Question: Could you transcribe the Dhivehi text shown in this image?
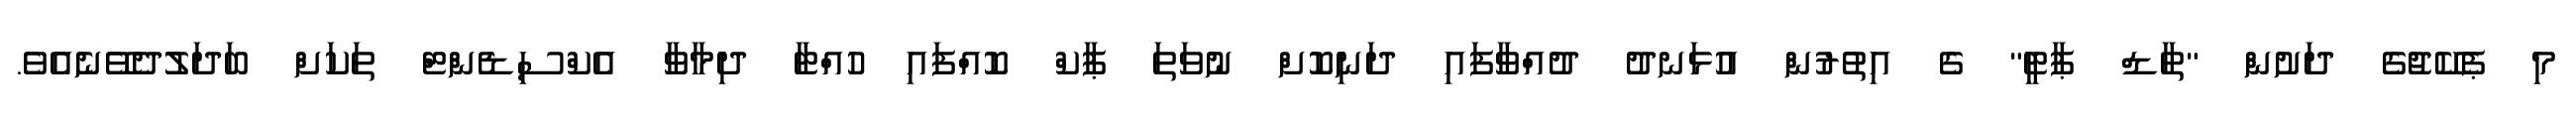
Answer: މި ޕެކޭޖުގެ ދަށުން "ތާޑް ޕާޓީ" ގެ އިތުރުން އުޅަނދު ދުއްވާފައި ދަނިކޮށް ނުވަތަ ޕާކް ކޮއްފައި ހުއްޓާ ދިމާވާ އެކްސިޑެންޓް ތަކަށް ބަދަލުދެވޭނެއެވެ.